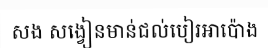
សង សង្វៀនមាន់ជល់បៀរអាប៉ោង